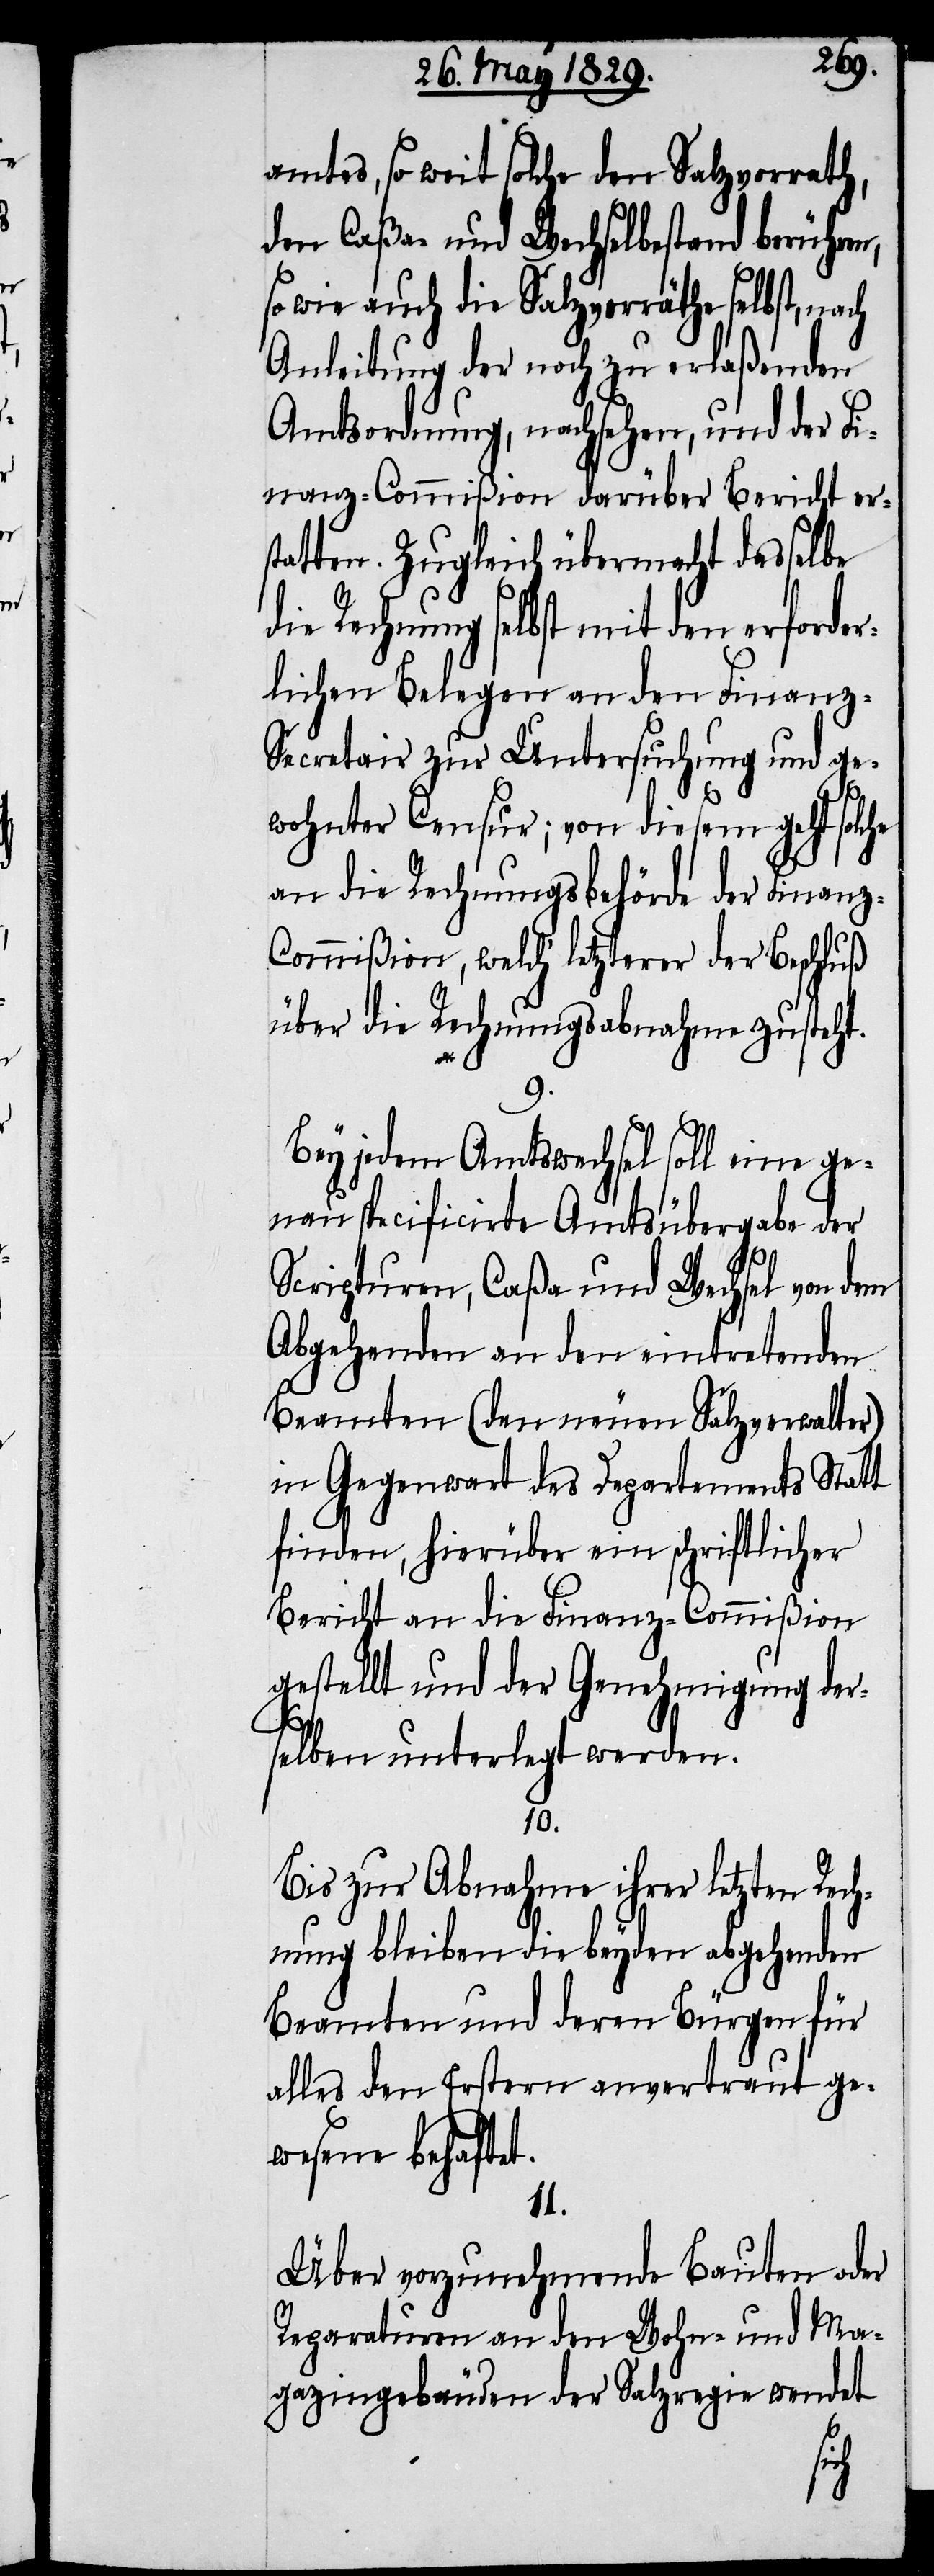
amtes, so weit solche den Salzvorrath,
den Caßa- und Wechselbestand berühren,
wie auch die Salzvorräthe selbst,
Anleitung der noch zu erlaßenden
Amtsordnung, nachsehen, und der Fi¬
nanz-Commißion darüber Bericht ers¬
tatten. Zugleich übermacht dasselbe
die Rechnung selbst mit den erforder¬
lichen Belegen an den Finanz-S¬
ecretair zur Untersuchung und ge¬
wohnter Censur; von diesem geht solche
an die Rechnungsbehörde der Finanz-C¬
ommißion, welch‘ letzterer der Beschluß
über die Rechungsabnahme gutsteht.
Bey jedem Amtswechsel soll eine ge¬
nau specificirte Amtsübergabe der
Scripturen, Caßa und Wechsel von dem
Abgehenden an den eintretenden
Beamten (den neuen Salzverwalter)
in Gegenwart des Departements Statt
finden, hierüber ein schriftlicher
Bericht an die Finanz-Commißion
gestellt und der Genehmigung der¬
selben unterlegt werden.
10.
Bis zur Abnahme ihrer letzten Rech¬
nung bleiben die beyden abgehenden
Beamten und deren Bürgen für
alles den Erstern anvertraut ge¬
wesene behaftet.
11.
Über vorzunehmende Bauten oder
Reparaturen an den Wohn- und Ma¬
gazingebäuden der Salzregie wendet